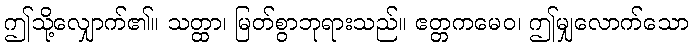
ဤသို့လျှောက်၏။ သတ္ထာ၊ မြတ်စွာဘုရားသည်။ ဧတ္တကမေဝ၊ ဤမျှလောက်သော